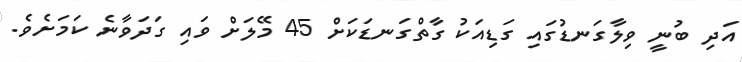
އަދި ބުނީ ވިލާގަނޑުގައި ގަޑިއަކު ގާތްގަނޑަކަށް 45 މޭލަށް ވައި ގަދަވާނެ ކަމަށެވެ.